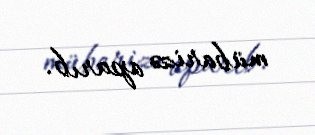
mübarizə aparıb.